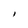
Character: I